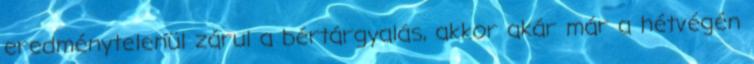
eredménytelenül zárul a bértárgyalás, akkor akár már a hétvégén